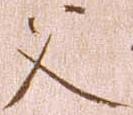
父